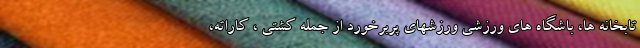
تابخانه ها، باشگاه های ورزشی ورزشهای پربرخورد از جمله کشتی ، کاراته،